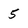
Character: 5